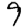
Digit: 9